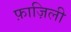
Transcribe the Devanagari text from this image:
फ़ाज़िली